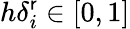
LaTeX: h\delta_{i}^{\mathsf{r}}\in[0,1]